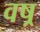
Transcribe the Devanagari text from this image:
वष्र